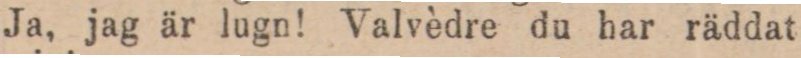
Ja, jag är lugn! Valvèdre du har räddat